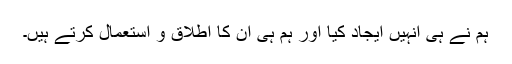
ہم نے ہی انہیں ایجاد کیا اور ہم ہی ان کا اطلاق و استعمال کرتے ہیں۔